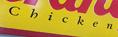
chicken